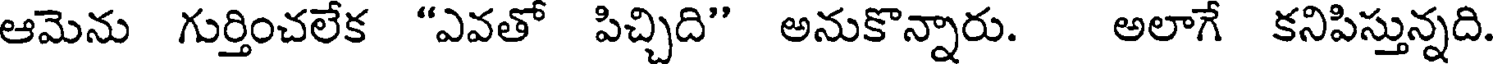
ఆమెను గుర్తించలేక "ఎవతో పిచ్చిది" అనుకొన్నారు. అలాగే కనిపిస్తున్నది.